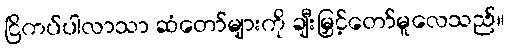
ငြိကပ်ပါလာသာ ဆံတော်များကို ချီးမြှင့်တော်မူလေသည်။